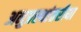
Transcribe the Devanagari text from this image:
अनुप्रस्थांतरीया